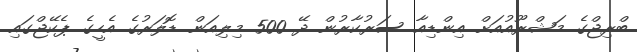
ބްރިޖްގެ މަޝްރޫއުއަށް އިންޑިއާ ސަރުކާރުން ދޭ 500 މިލިއަން ޑޮލަރުގެ އެހީގެ ޕެކޭޖްގައި